system: You are a helpful assistant.
user:
Analyze the provided spectrum to determine if it is a **M-type Giant (gM)**.

A M-type Giant spectrum is defined by its **strong molecular absorption** features, particularly from **Titanium Oxide (TiO)**. You must check for one of the following mutually exclusive signatures:

- **Key Visual Indicators (Absorption-Dominated Spectrum):**

    - **(Primary):** The spectrum is dominated by strong molecular absorption from **Titanium Oxide (TiO)**. This is the **defining feature** of its M-type temperature class.
        - **(Key Bandheads):** Look for sharp, "saw-tooth" absorption valleys. The strongest are located near **~7050 Å**, **~6160 Å**, and **~5170 Å**.
        - **(Line Profile):** The "saw-tooth" morphology is critical: a **sharp, steep drop on the BLUE (short-wavelength) side** of the bandhead, followed by a gradual recovery (rising flux) towards the RED (long-wavelength) side.

    - **(Key Confirmation - Giant vs. Dwarf):** **ABSENCE** of strong **Calcium Hydride (CaH)** molecular bands. This is the primary diagnostic for *excluding* M-dwarfs.
        - **(Key Region):** The spectrum should lack the strong, broad absorption band seen in dwarfs between **~6800 Å and ~7000 Å**.

    - **(Secondary Confirmation - Giant):** A very strong and broad **Neutral Calcium (Ca I)** atomic absorption line.
        - **(Key Line):** Located at **~4226 Å**. In a giant (gM), this line is significantly deeper and broader than the same line in an M-dwarf (dM) due to low surface gravity.

    - **(Overall Spectrum):**
        - The continuum is **extremely red-sloping** (i.e., flux is very low in the blue and rises dramatically towards the red).
        - The entire spectrum appears "chopped up" by the deep TiO bands.

Think first, call **spectral_visualization_tool** if needed to examine features in detail, then provide your final answer. Your response must adhere to the following strict rules:
1.  **Overall Structure:** Your response must follow the format `<think>...</think> <tool_call>...</tool_call> (if a tool is used) <answer>...</answer>`.
2.  **Tool Usage Constraint:** You may only make **one** tool call per turn.
3.  **Final Answer Format:** In the `<answer>` tag, your conclusion must be inside a `\boxed{}` command (e.g., `\boxed{YES}` or `\boxed{NO}`), followed by your justification.

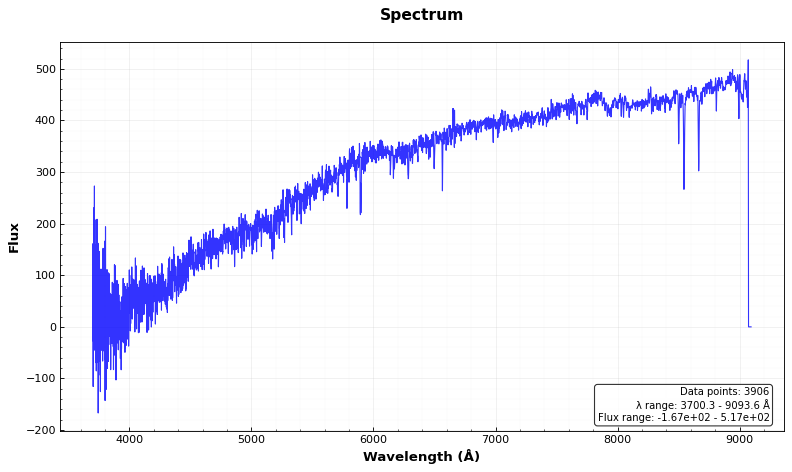
Answer: NO